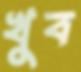
খুব